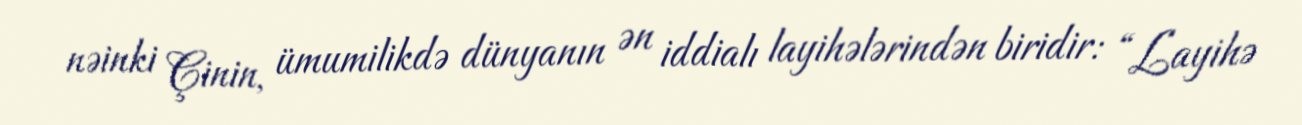
nəinki Çinin, ümumilikdə dünyanın ən iddialı layihələrindən biridir: “Layihə